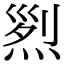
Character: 𤉩